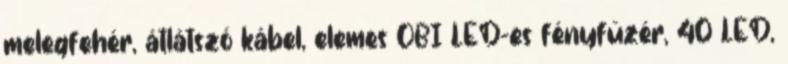
melegfehér, átlátszó kábel, elemes OBI LED-es fényfüzér, 40 LED,